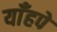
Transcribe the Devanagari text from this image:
याँहपे